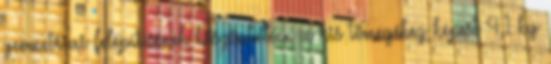
geometriai felépítésének köszönhetően a kis tömegéhez képest 4,1 kg